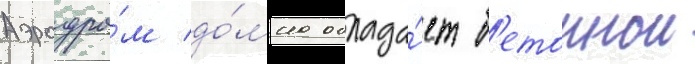
Аэродро́м до́мна облада́ет б'етоннои